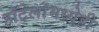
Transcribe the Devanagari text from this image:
हॉटेलांमध्येही